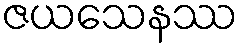
ဇယသေနဿ